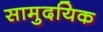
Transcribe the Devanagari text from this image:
सामुदयिक